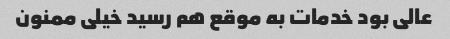
عالی بود خدمات به موقع هم رسید خیلی ممنون